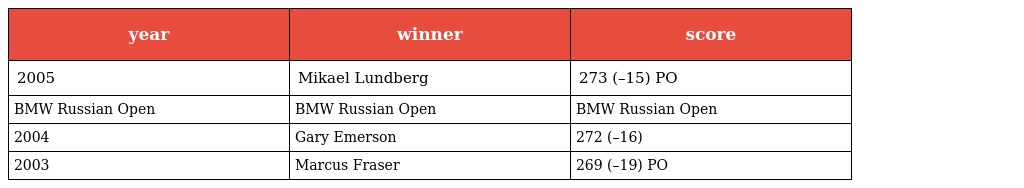
| year | winner | score |
 | --- | --- | --- |
 | 2005 | Mikael Lundberg | 273 (–15) PO |
 | BMW Russian Open | BMW Russian Open | BMW Russian Open |
 | 2004 | Gary Emerson | 272 (–16) |
 | 2003 | Marcus Fraser | 269 (–19) PO |